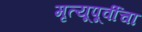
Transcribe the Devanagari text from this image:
मृत्यूपूर्वीचा